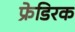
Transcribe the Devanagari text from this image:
फ्रेडिरक